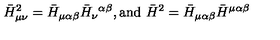
\bar { H } _ { \mu \nu } ^ { 2 } = \bar { H } _ { \mu \alpha \beta } \bar { H } _ { \nu } { } ^ { \alpha \beta } , \mathrm { a n d } \ \bar { H } ^ { 2 } = \bar { H } _ { \mu \alpha \beta } \bar { H } ^ { \mu \alpha \beta }